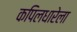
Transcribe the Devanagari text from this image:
कपिलधारेला